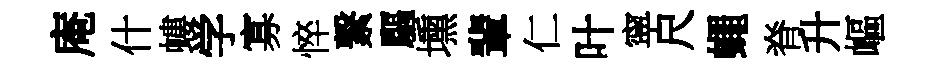
庵什螻学寡悴繋驅壎輩仁叶寜尺蠅脊升嶇